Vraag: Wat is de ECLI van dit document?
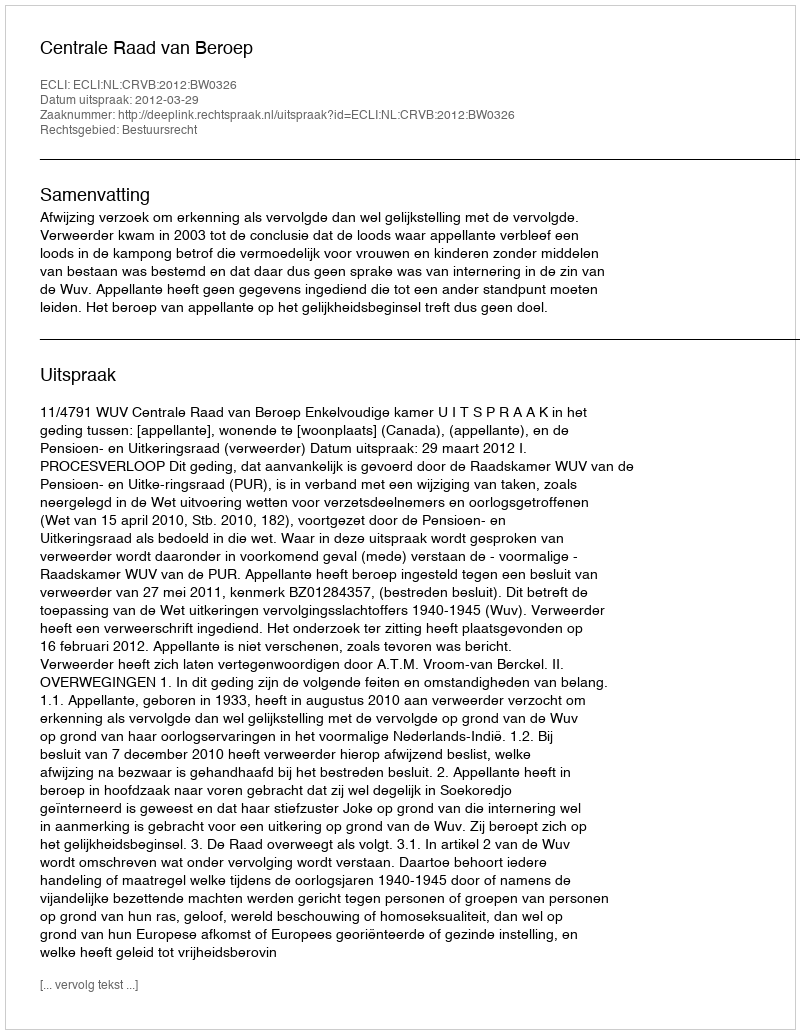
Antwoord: ECLI:NL:CRVB:2012:BW0326